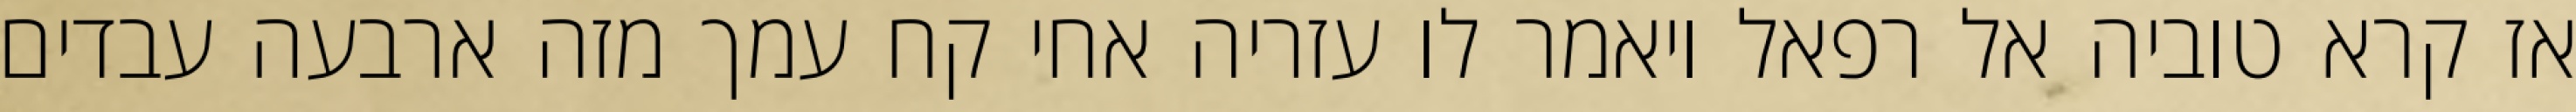
אז קרא טוביה אל רפאל ויאמר לו עזריה אחי קח עמך מזה ארבעה עבדים